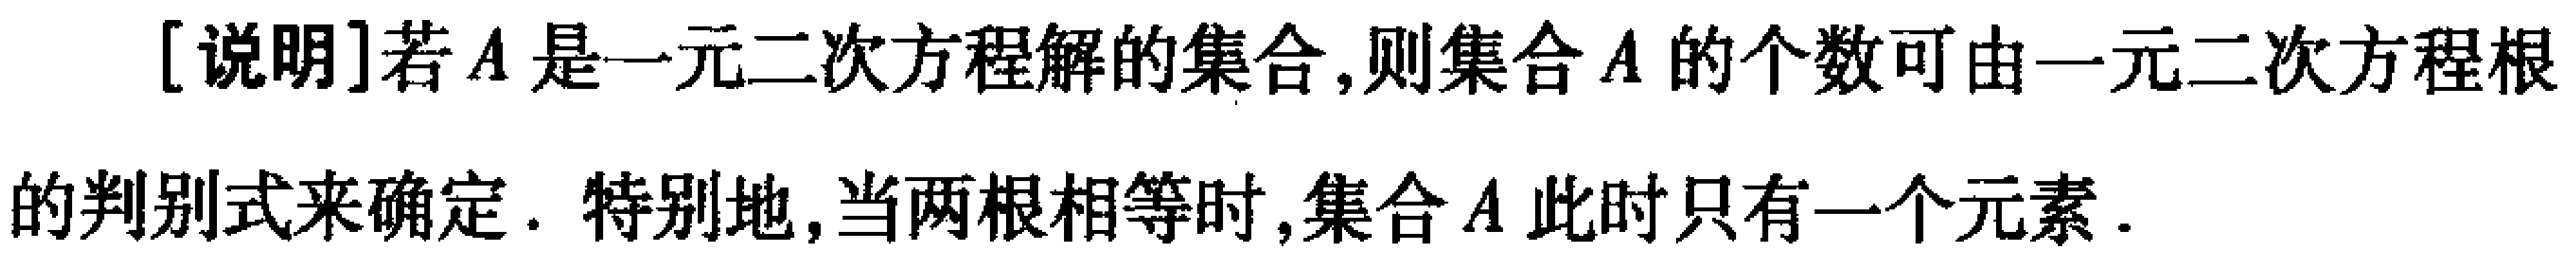
[说明]若\(A\)是一元二次方程解的集合,则集合\(A\)的个数可由一元二次方程根的判别式来确定. 特别地,当两根相等时,集合\(A\)此时只有一个元素.